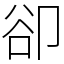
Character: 卻